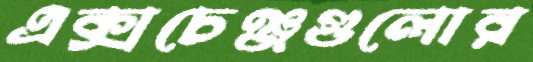
এক্সচেঞ্জগুলোর